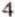
4